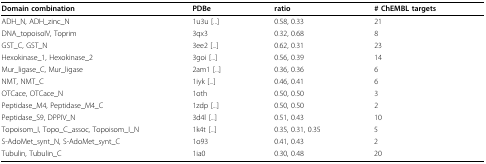
<table><thead><tr><td><b>Domain combination</b></td><td><b>PDBe</b></td><td><b>ratio</b></td><td><b># ChEMBL targets</b></td></tr></thead><tbody><tr><td>ADH_N, ADH_zinc_N</td><td>1u3u [...]</td><td>0.58, 0.33</td><td>21</td></tr><tr><td>DNA_topoisoIV, Toprim</td><td>3qx3</td><td>0.32, 0.68</td><td>8</td></tr><tr><td>GST_C, GST_N</td><td>3ee2 [...]</td><td>0.62, 0.31</td><td>23</td></tr><tr><td>Hexokinase_1, Hexokinase_2</td><td>3goi [...]</td><td>0.56, 0.39</td><td>14</td></tr><tr><td>Mur_ligase_C, Mur_ligase</td><td>2am1 [...]</td><td>0.36, 0.36</td><td>6</td></tr><tr><td>NMT, NMT_C</td><td>1iyk [...]</td><td>0.46, 0.41</td><td>6</td></tr><tr><td>OTCace, OTCace_N</td><td>1oth</td><td>0.50, 0.50</td><td>3</td></tr><tr><td>Peptidase_M4, Peptidase_M4_C</td><td>1zdp [...]</td><td>0.50, 0.50</td><td>2</td></tr><tr><td>Peptidase_S9, DPPIV_N</td><td>3d4l [...]</td><td>0.51, 0.43</td><td>10</td></tr><tr><td>Topoisom_I, Topo_C_assoc, Topoisom_I_N</td><td>1k4t [...]</td><td>0.35, 0.31, 0.35</td><td>5</td></tr><tr><td>S-AdoMet_synt_N, S-AdoMet_synt_C</td><td>1o93</td><td>0.41, 0.43</td><td>2</td></tr><tr><td>Tubulin, Tubulin_C</td><td>1ia0</td><td>0.30, 0.48</td><td>20</td></tr></tbody></table>